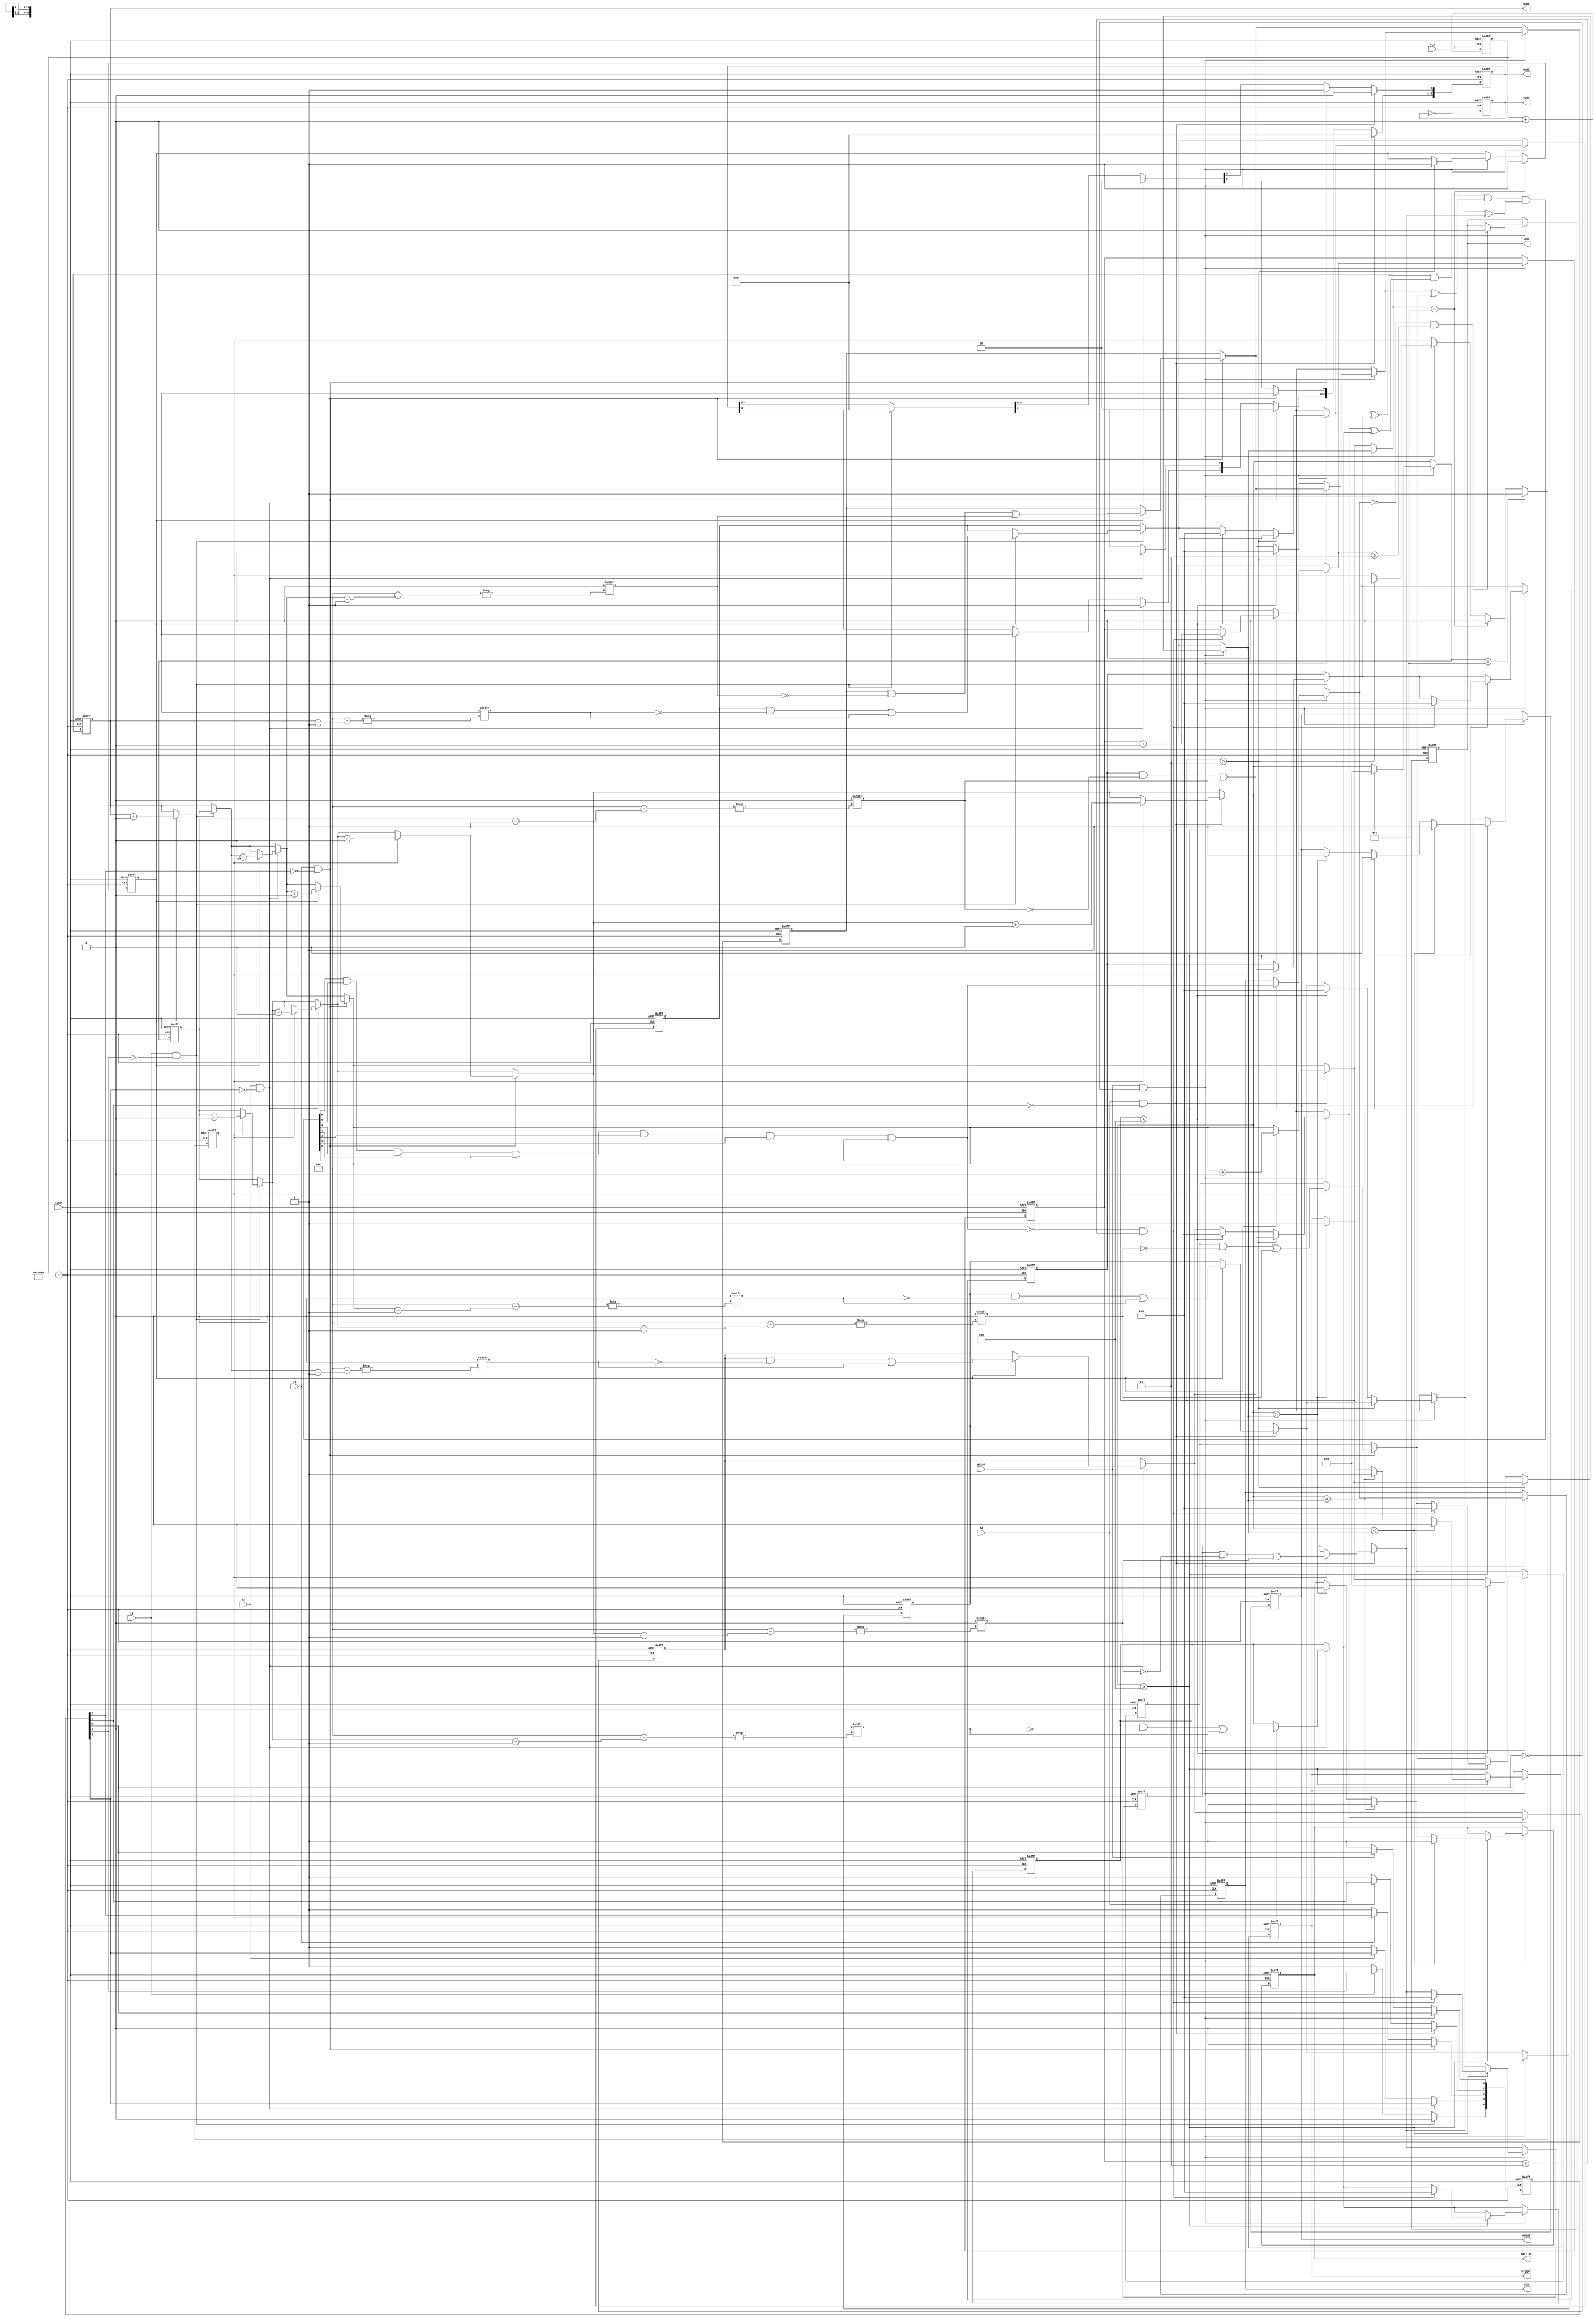
module test(I1,I2,I3,I4,enter,win,lose,reset,equal,bigger,smaller,nums,CLK,outs,numa);
	input CLK;
	wire good;
	output reg outs;
	reg[0:22] out;
	always @(posedge good or posedge reset) begin
		if(reset)
			outs = 0 ;
		else
			outs = ~outs;
	end
	always @(posedge CLK or posedge reset) begin
		if(reset)
			out = 0 ;
		else
			out = out + 1;
	end
	assign good = (out == 23'd100000);
	input I1, I2, I3, I4, enter,reset; 
	reg[0:6] a1,a2,a3,a4,suc,b1,b2,b3,b4;
	output reg[0:3] numa;
	reg[0:3] numb;
	output reg win,lose;
	output reg equal,bigger,smaller;
	reg runa,runb;
	reg [0:3] turn;
	output reg [0:3] nums;
	reg [0:4] ins;
	initial begin
		ins = 0;
		nums = 0;
		win = 0;
		suc = 0;
		runa = 1;
		runb = 0;
		lose = 0;
		equal = 0;
		bigger = 0;
		smaller = 0;
		a1 = 0;
		a2 = 0;
		a3 = 0;
		a4 = 0;
		b1 = 0;
		b2 = 0;
		b3 = 0;
		b4 = 0;
		numa = 0;
		numb = 0;
		turn = 0;
	end
	always @(posedge good or posedge reset) begin
		if(reset) begin
			win = 0;
			suc = 0;
			runa = 1;
			runb = 0;
			lose = 0;
			equal = 0;
			bigger = 0;
			smaller = 0;
			nums = 0;
			a1 = 0;
			a2 = 0;
			a3 = 0;
			a4 = 0;
			b1 = 0;
			b2 = 0;
			b3 = 0;
			b4 = 0;
			numa = 0;
			numb = 0;
			turn = 0;
			ins = 0;
		end
		else begin
			if(I1 & ~ins[0]) begin
				ins[0] = 1;
				nums = 0;
				nums[0] = 1;
				if(runa) begin
					a1[numa] = 1;
					numa = numa + 1;
				end
				if(runb) begin
					b1[numb] = 1;
					numb=numb + 1;
				end
			end
			else if(~I1)
				ins[0] = 0;
			if(I2 & ~ins[1]) begin
				nums = 0;
				nums[1] = 1;
				if(runa) begin
					a2[numa] = 1;
					numa=numa+1;
				end
				if(runb) begin
					b2[numb] = 1;
					numb=numb+1;
				end
			end
			else if(~I2)
				ins[1] = 0;
			if(I3 & ~ins[2]) begin
				nums = 0;
				ins[2] = 1;
				nums[2] = 1;
				if(runa) begin
					a3[numa] = 1;
					numa=numa+1;
				end
				if(runb) begin
					b3[numb] = 1;
					numb=numb+1;
				end
			end
			else if(~I3)
				ins[2] = 0;
			if(I4 & ~ins[3]) begin
				ins[3] = 1;
				nums = 0;
				nums[3] = 1;
				if(runa) begin
					a4[numa] = 1;
					numa=numa+1;
				end
				if(runb) begin
					b4[numb] = 1;
					numb=numb+1;
				end   
			end
			else if(~I4)
				ins[3] = 0;
			if(enter & ~ins[4]) begin
				if(numa > 3) begin
					runa = 0;
					runb = 1;
				end
				else if(numa < 4) begin
				  a1 = 0;
				  a2 = 0;
				  a3 = 0;
				  a4 = 0;
				  numa = 0;
				end
				if(numb >=4) begin
					suc = (a1~^b1)&(a2~^b2)&(a3~^b3)&(a4~^b4);
					win = suc[0]&suc[1]&suc[2]&suc[3]&suc[4]&suc[5]&suc[6];
					if((~win) & (turn <3)) begin
						turn=turn+1;
						b1=0;
						b2=0;
						b3=0;
						b4=0;
					end
					if(numb > numa) begin
						smaller = 1;
						bigger = 0;
						equal = 0;
					end
					if(numb == numa) begin
						smaller = 0;
						bigger = 0;
						equal = 1;
					end
					if(numb < numa) begin
						smaller = 0;
						bigger = 1;
						equal = 0;
					end
				  numb = 0;
				end 
				if((~win) & (turn >= 3))
					lose = 1;
			end
			else if(~enter)
				ins[4] = 0;
			begin
				if(numa == 7) begin
					runa = 0;
					runb = 1;
				end
				if(numb == 7)
					runb = 0;
			end
		end
	end
endmodule